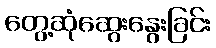
တွေ့ဆုံဆွေးနွေးခြင်း